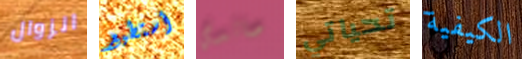
الزوال أستطيع صائدي تحياتي الكيفية